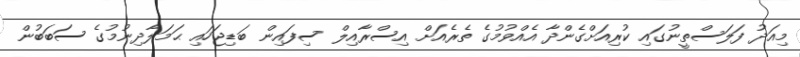
މިއަދު ފަލަސްތީނުގައި ކުރިއަށްގެންދާ އެއްވުމުގެ ތެރެއަށް އިސްރާއިލް ސިފައިން ބަޑިޖަހައި ޙަމަލާދިނުމުގެ ސަބަބުން